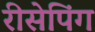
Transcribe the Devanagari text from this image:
रीसेपिंग